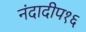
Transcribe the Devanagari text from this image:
नंदादीप१६